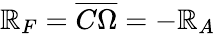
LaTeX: \mathbb{R}_{F}=\overline{{{C\Omega}}}=-\mathbb{R}_{A}